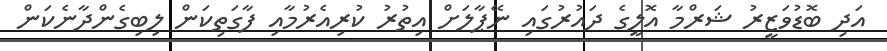
އަދި ބޮޑުވަޒީރު ޝަރްމާ އޮލީގެ ދައުރުގައި ނޭޕާލަށް އިތުރު ކުރިއެރުމާއި ފާގަތިކަން ލިބިގެންދާނެކަން